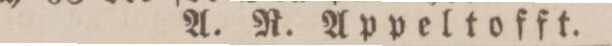
A. R. Appeltofft.